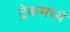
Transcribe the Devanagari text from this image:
ट्रेकमध्ये